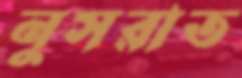
নুসরাত